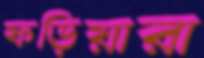
ফড়িয়ারা